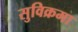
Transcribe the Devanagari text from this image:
सुविक्रमा